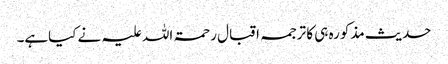
حدیث مذکورہ ہی کا ترجمہ اقبال رحمۃ اللہ علیہ نے کیاہے۔